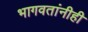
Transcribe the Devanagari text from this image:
भागवतांनीही